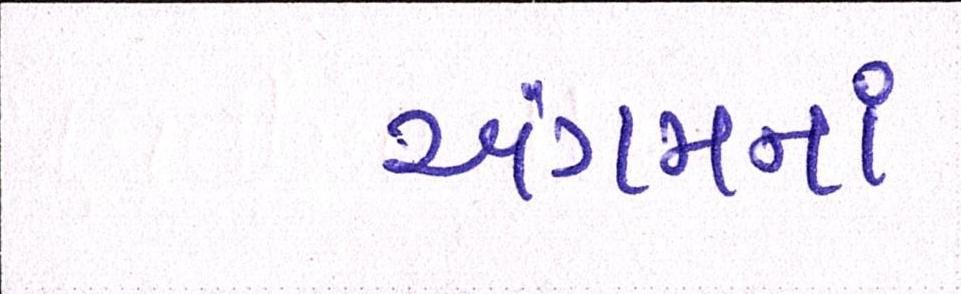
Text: અંગમનાં